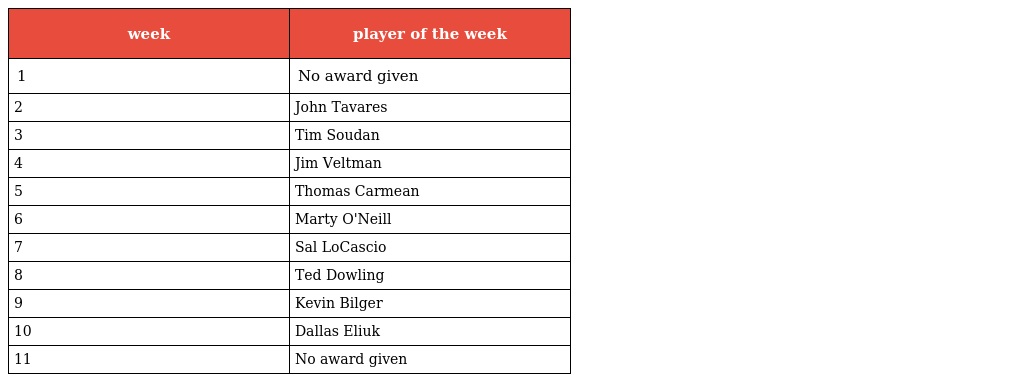
| week | player of the week |
 | --- | --- |
 | 1 | No award given |
 | 2 | John Tavares |
 | 3 | Tim Soudan |
 | 4 | Jim Veltman |
 | 5 | Thomas Carmean |
 | 6 | Marty O'Neill |
 | 7 | Sal LoCascio |
 | 8 | Ted Dowling |
 | 9 | Kevin Bilger |
 | 10 | Dallas Eliuk |
 | 11 | No award given |